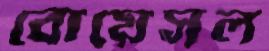
বোয়েসল